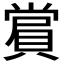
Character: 𮚑